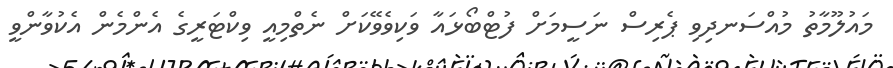
މައުލޫމާތު މުއްސަނދިވި ޕެރިސް ނަސީމަށް ފުޓްބޯޅައާ ވަކިވެވޭކަށް ނެތްމިއީ ވިކްޓަރީގެ އެންމެން އެކުވާންވީ